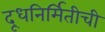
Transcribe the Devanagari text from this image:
दूधनिर्मितीची